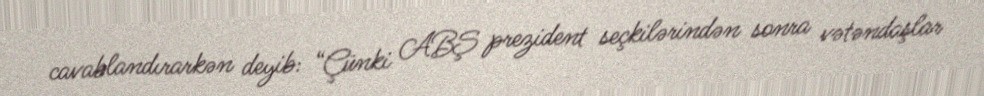
cavablandırarkən deyib: “Çünki ABŞ prezident seçkilərindən sonra vətəndaşlar